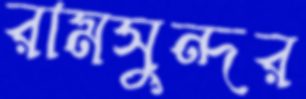
রামসুন্দর